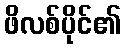
ဖိလစ်ပိုင်၏